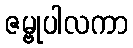
ဇမ္ဗုပါလကာ